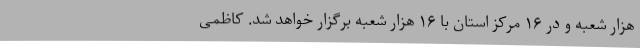
هزار شعبه و در ۱۶ مرکز استان با ۱۶ هزار شعبه برگزار خواهد شد. کاظمی